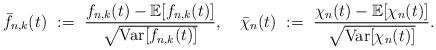
LaTeX: \begin{align*}\bar{f}_{n, k}(t) \ := \ \frac{f_{n, k}(t) - \mathbb{E}[f_{n, k}(t)]}{\sqrt{{\rm {Var}}[f_{n, k}(t)]}},\quad\bar{\chi}_{n}(t) \ := \ \frac{\chi_{n}(t) - \mathbb{E}[\chi_{n}(t)]}{\sqrt{{{\rm{Var}}}[\chi_{n}(t)]}}.\end{align*}